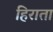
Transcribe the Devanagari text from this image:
हिराता